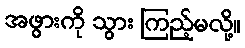
အဖွားကို သွား ကြည့်မလို့။